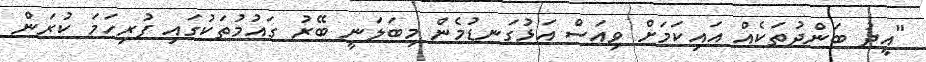
"އީދު ބަންދުތަކެއް އައިކަމަށް ވިއަސް އަޅުގަނޑުމެން މިބަލަނީ ބޭރު ގައުމުތަކުގައި ފުރިހަމަ ކުރަން